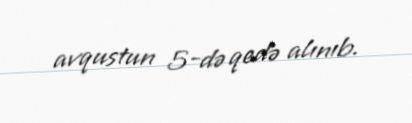
avqustun 5-də qedə alınıb.